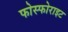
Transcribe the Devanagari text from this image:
फोस्फोराइट